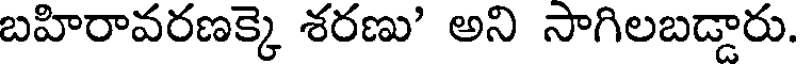
బహిరావరణక్కె శరణు' అని సాగిలబడ్డారు.